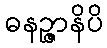
ဓနဉ္ဇာနိပိ